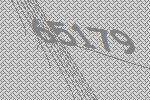
65179